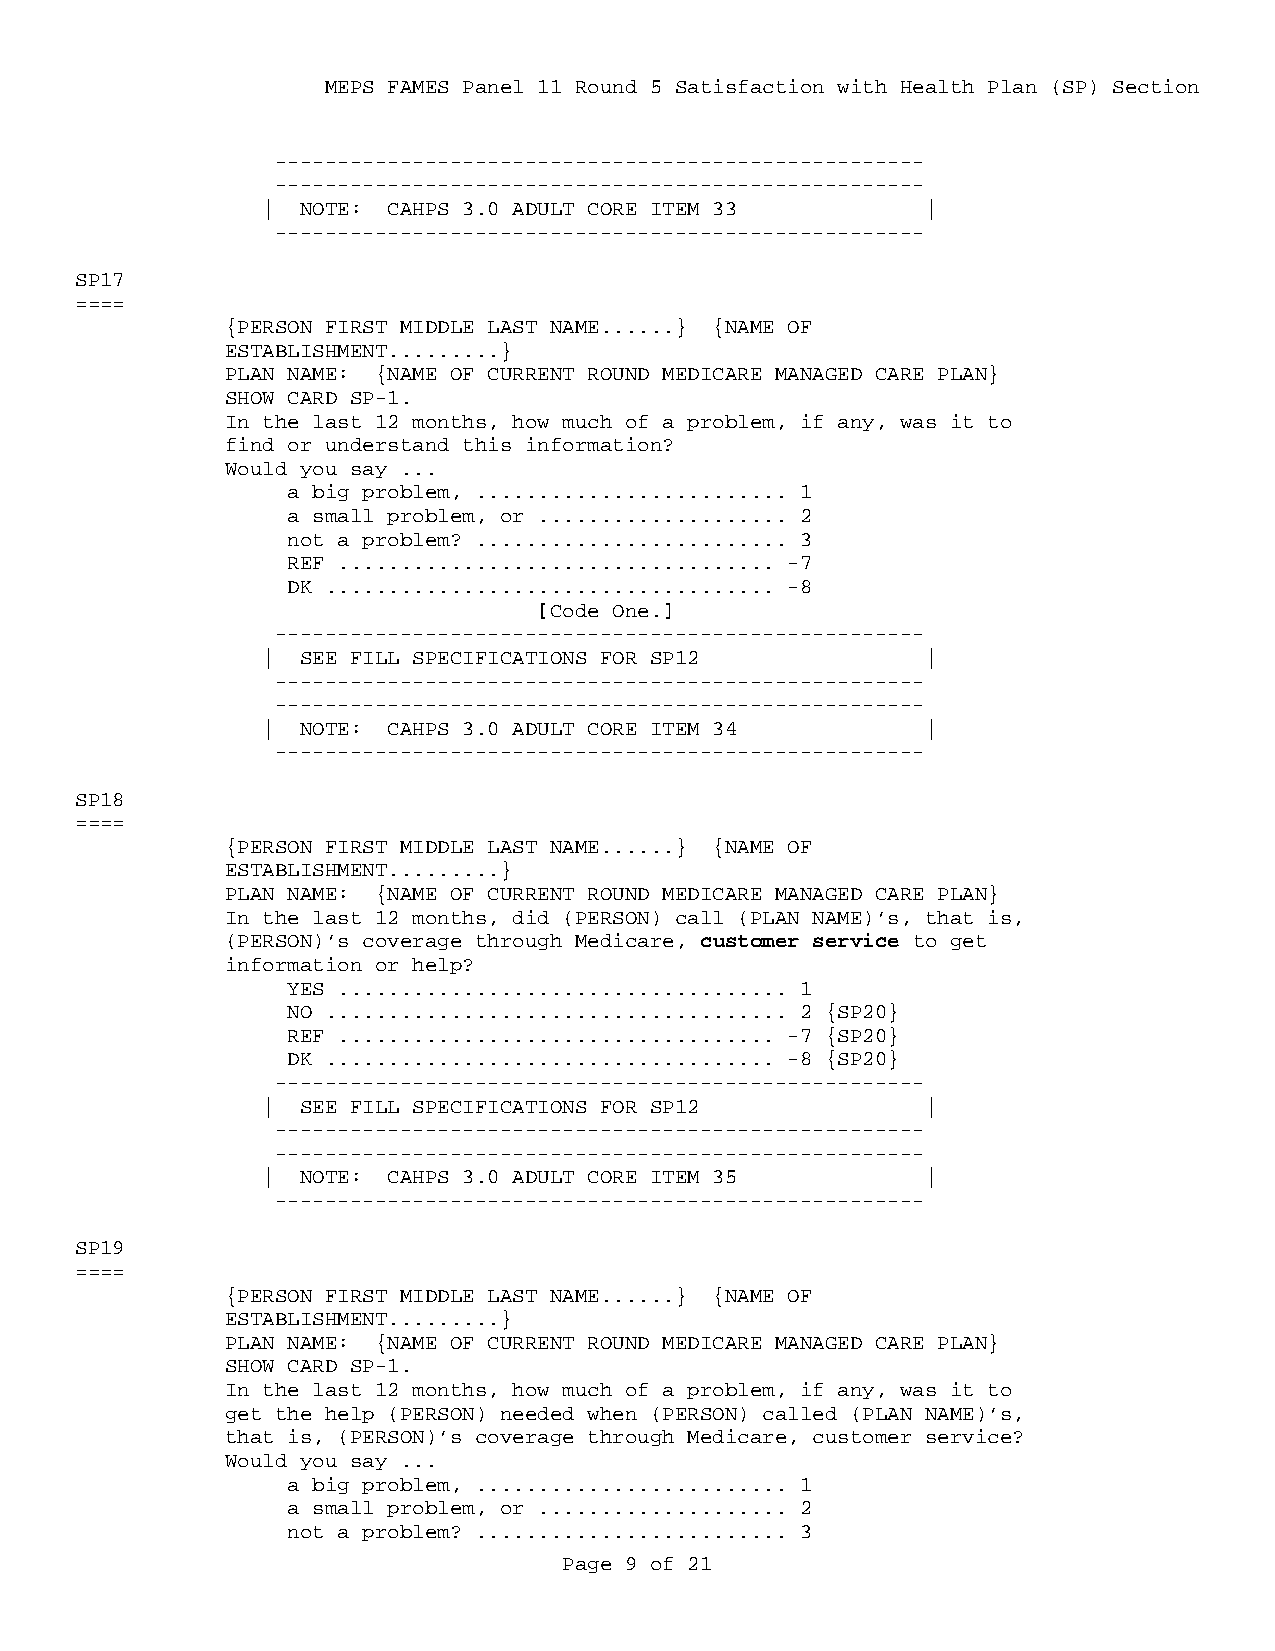
MEPS FAMES Panel 11 Round 5 Satisfaction with Health Plan (SP) Section
 ----------------------------------------------------
 ----------------------------------------------------
 |  NOTE: CAHPS 3.0 ADULT CORE ITEM 33       |
 ----------------------------------------------------
 SP17
 ====
 {PERSON FIRST MIDDLE LAST NAME......} {NAME OF
 ESTABLISHMENT.........}
 PLAN NAME: {NAME OF CURRENT ROUND MEDICARE MANAGED CARE PLAN}
 SHOW CARD SP-1.
 In the last 12 months, how much of a problem, if any, was it to
 find or understand this information?
 Would you say ...
 a big problem, ......................... 1
 a small problem, or .................... 2
 not a problem? ......................... 3
 REF ................................... -7
 DK .................................... -8
 [Code One.]
 ----------------------------------------------------
 |  SEE FILL SPECIFICATIONS FOR SP12         |
 ----------------------------------------------------
 ----------------------------------------------------
 |  NOTE: CAHPS 3.0 ADULT CORE ITEM 34       |
 ----------------------------------------------------
 SP18
 ====
 {PERSON FIRST MIDDLE LAST NAME......} {NAME OF
 ESTABLISHMENT.........}
 PLAN NAME: {NAME OF CURRENT ROUND MEDICARE MANAGED CARE PLAN}
 In the last 12 months, did (PERSON) call (PLAN NAME)’s, that is,
 (PERSON)’s coverage through Medicare, customer service to get
 information or help?
 YES .................................... 1
 NO ..................................... 2 {SP20}
 REF ................................... -7 {SP20}
 DK .................................... -8 {SP20}
 ----------------------------------------------------
 |  SEE FILL SPECIFICATIONS FOR SP12         |
 ----------------------------------------------------
 ----------------------------------------------------
 |  NOTE: CAHPS 3.0 ADULT CORE ITEM 35       |
 ----------------------------------------------------
 SP19
 ====
 {PERSON FIRST MIDDLE LAST NAME......} {NAME OF
 ESTABLISHMENT.........}
 PLAN NAME: {NAME OF CURRENT ROUND MEDICARE MANAGED CARE PLAN}
 SHOW CARD SP-1.
 In the last 12 months, how much of a problem, if any, was it to
 get the help (PERSON) needed when (PERSON) called (PLAN NAME)’s,
 that is, (PERSON)’s coverage through Medicare, customer service?
 Would you say ...
 a big problem, ......................... 1
 a small problem, or .................... 2
 not a problem? ......................... 3
 Page 9 of 21